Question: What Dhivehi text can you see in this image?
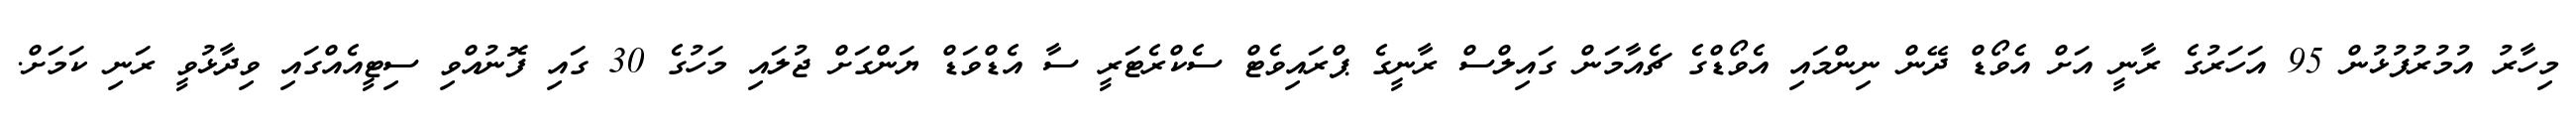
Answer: މިހާރު އުމުރުފުޅުން 95 އަހަރުގެ ރާނީ އަށް އެވޯޑް ދޭން ނިންމައި އެވޯޑްގެ ޗެއާމަން ގައިލްސް ރާނީގެ ޕްރައިވެޓް ސެކްރެޓަރީ ސާ އެޑްވަޑް ޔަންގަށް ޖުލައި މަހުގެ 30 ގައި ފޮނުއްވި ސިޓީއެއްގައި ވިދާޅުވީ ރަނި ކަމަށް.